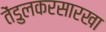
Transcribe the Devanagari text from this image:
तेंडुलकरसारखा